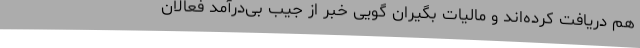
هم دریافت کرده‌اند و مالیات بگیران گویی خبر از جیب بی‌درآمد فعالان